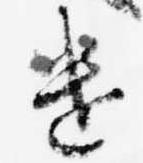
遣